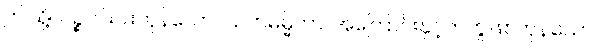
ဤသို့။ ပဉ္စ၊ ငါးပါးကုန်သော။ သဟဓမ္မိကာ၊ အကြောင်းနှင့်တကွဖြစ်ကုန်သော။